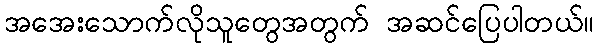
အအေးသောက်လိုသူတွေအတွက် အဆင်ပြေပါတယ်။